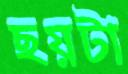
ছয়টা